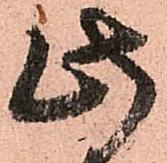
此